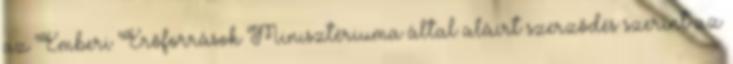
az Emberi Erőforrások Minisztériuma által aláírt szerződés szerint az